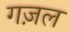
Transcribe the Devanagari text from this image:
गज़ल